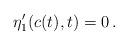
LaTeX: \begin{align*} \eta_1 '(c(t),t)= 0\,.\end{align*}